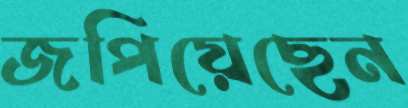
জপিয়েছেন